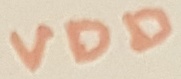
Text: VDD